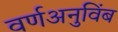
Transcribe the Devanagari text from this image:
वर्णअनुविंब